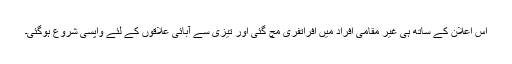
اس اعلان کے ساتھ ہی غیر مقامی افراد میں افراتفری مچ گئی اور تیزی سے آبائی علاقوں کے لئے واپسی شروع ہوگئی۔